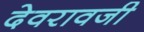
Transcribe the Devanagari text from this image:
देवरावजी